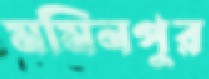
মমিনপুর